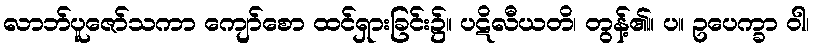
လာဘ်ပူဇော်သကာ ကျော်စော ထင်ရှားခြင်း၌။ ပဋိလီယတိ၊ တွန့်၏။ ပ။ ဥပေက္ခာ ဝါ၊